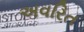
અવરિત